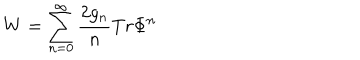
LaTeX: W = \sum _ { n = 0 } ^ { \infty } \frac { 2 g _ { n } } { n } T r \Phi ^ { n }